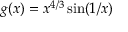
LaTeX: g ( x ) = x ^ { 4 / 3 } \sin ( 1 / x )